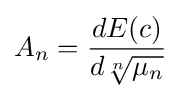
A_{n}={\frac {dE(c)}{d{\sqrt[{n}]{\mu _{n}}}}}